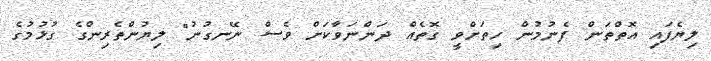
ލިޔެފައި އޮތްތަން ފެނުމުން ހިތަށްވީ ގޮތެއް ދަންނަވާކަށް ވެސް ނޭނގުނު" ލިޔުންތެރިންގެ ގުޅުމުގެ